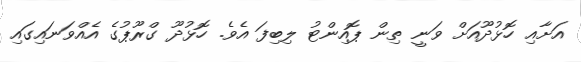
އަށާއި ހޮޅުދޫއަށް ވަނީ ތިން ޕޮއިންޓު ލިބިފަ އެވެ. ހޮޅުދޫ ގްރޫޕުގެ އެއްވަނައިގައި